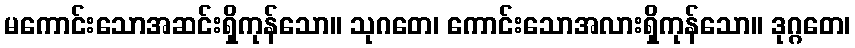
မကောင်းသောအဆင်းရှိကုန်သော။ သုဂတေ၊ ကောင်းသောအလားရှိကုန်သော။ ဒုဂ္ဂတေ၊